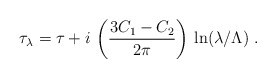
\begin{align*}\tau_\lambda=\tau+i\,\left(\frac{3C_1-C_2}{2\pi}\right)\,\ln(\lambda/\Lambda)\;.\end{align*}